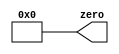
`timescale 1ns / 1ps
//////////////////////////////////////////////////////////////////////////////////
// Company: 
// Engineer: 
// 
// Design Name: 
// Module Name:    zero_50bit 
// Project Name: 
// Target Devices: 
// Tool versions: 
// Description: 
//
// Dependencies: 
//
// Revision: 
// Revision 0.01 - File Created
// Additional Comments: 
//
//////////////////////////////////////////////////////////////////////////////////
module zero_50bit(
    output [49:0] zero
    );

	assign zero = 50'd0;

endmodule